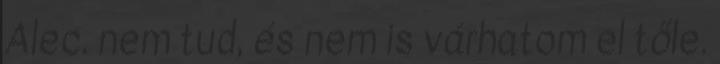
Alec. nem tud, és nem is várhatom el tőle.